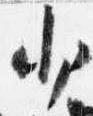
少